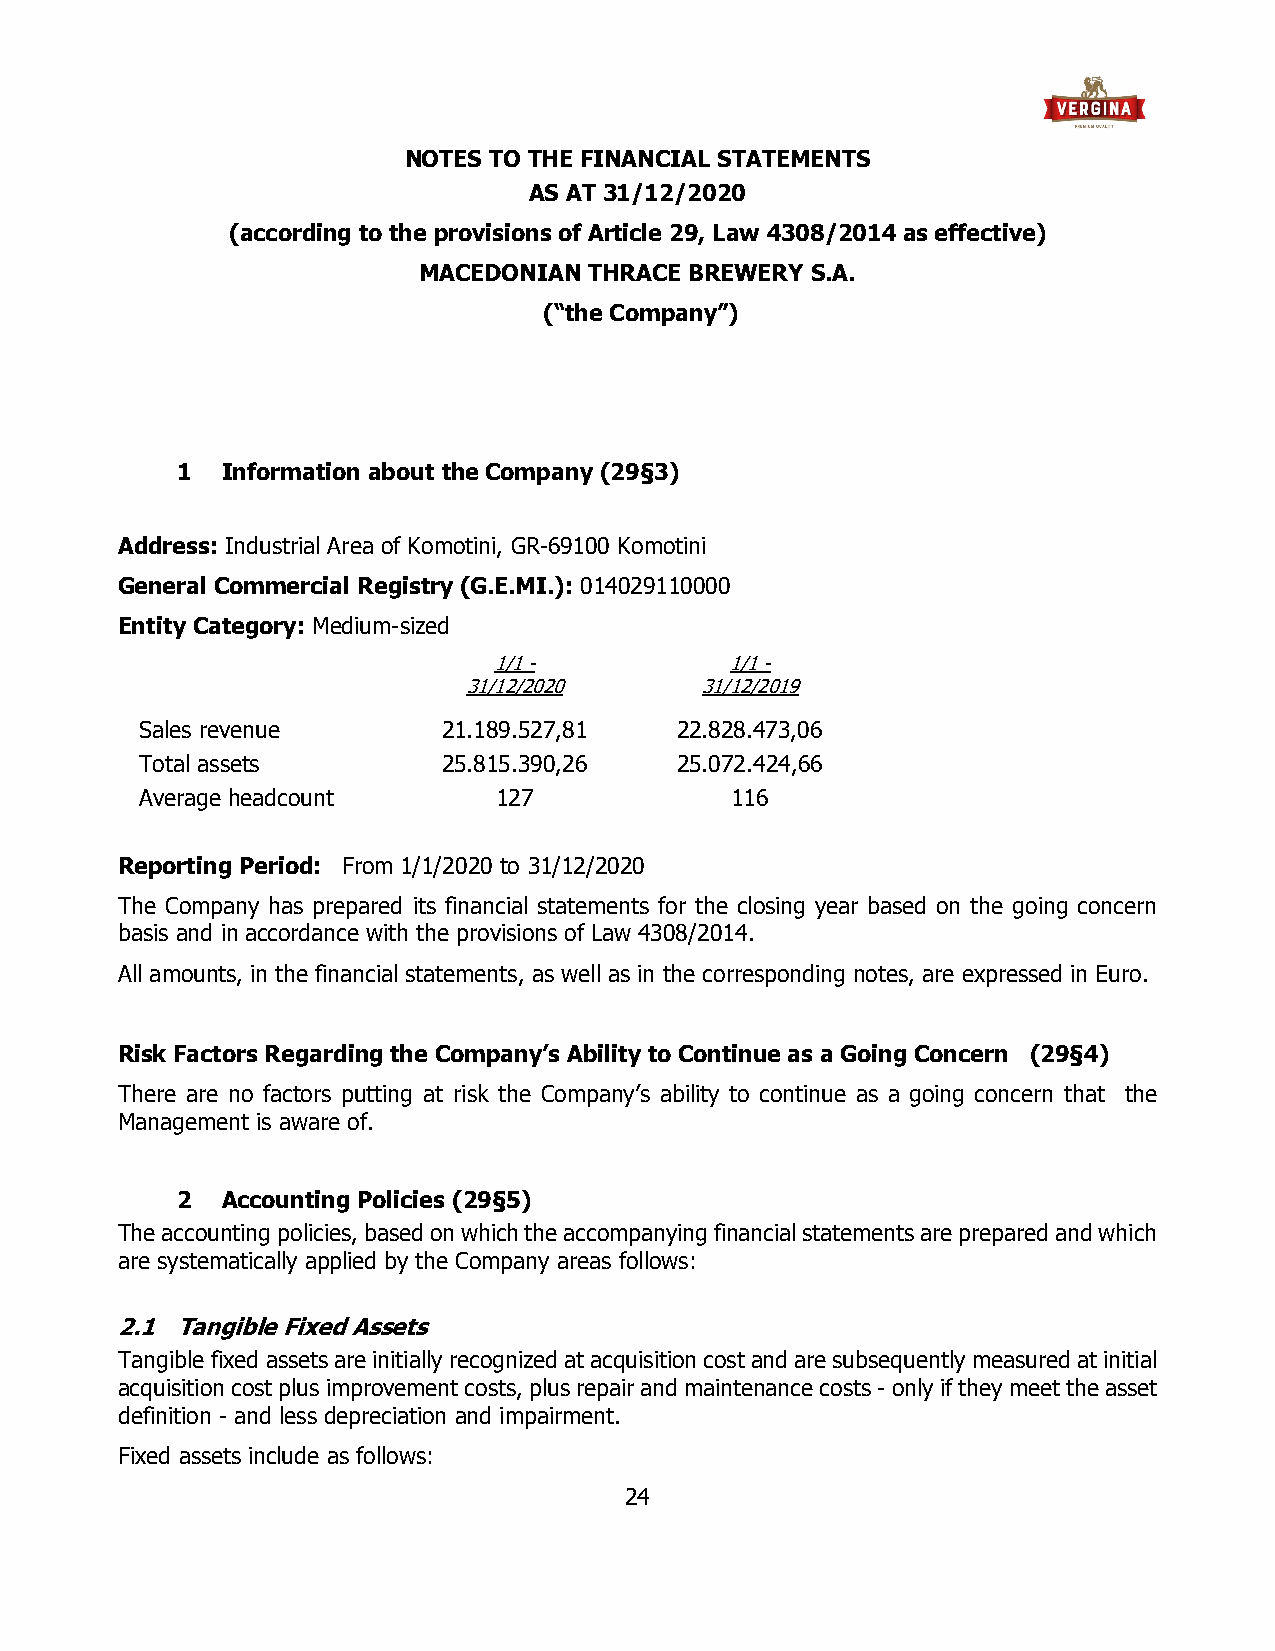
NOTES TO THE FINANCIAL STATEMENTS
 AS AT 31/12/2020
 (according to the provisions of Article 29, Law 4308/2014 as effective)
 MACEDONIAN THRACE BREWERY S.A.
 (“the Company”)
 1  Information about the Company (29§3)
 Address: Industrial Area of Komotini, GR-69100 Komotini
 General Commercial Registry (G.E.MI.): 014029110000
 Entity Category: Medium-sized
 1/1 -          1/1 -
 31/12/2020     31/12/2019
 Sales revenue       21.189.527,81   22.828.473,06
 Total assets        25.815.390,26   25.072.424,66
 Average headcount       127            116
 Reporting Period: From 1/1/2020 to 31/12/2020
 The Company has prepared its financial statements for the closing year based on the going concern
 basis and in accordance with the provisions of Law 4308/2014.
 All amounts, in the financial statements, as well as in the corresponding notes, are expressed in Euro.
 Risk Factors Regarding the Company’s Ability to Continue as a Going Concern (29§4)
 There are no factors putting at risk the Company’s ability to continue as a going concern that the
 Management is aware of.
 2  Accounting Policies (29§5)
 The accounting policies, based on which the accompanying financial statements are prepared and which
 are systematically applied by the Company areas follows:
 2.1 Tangible Fixed Assets
 Tangible fixed assets are initially recognized at acquisition cost and are subsequently measured at initial
 acquisition cost plus improvement costs, plus repair and maintenance costs - only if they meet the asset
 definition - and less depreciation and impairment.
 Fixed assets include as follows:
 24